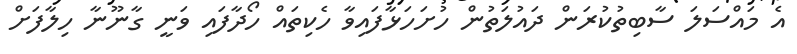
އެ މައްސަލަ ސާބިތުކުރަން ދައުލަތުން ހުށަހަޅާފައިވާ ހެކިތައް ހޯދާފައި ވަނީ ގާނޫނާ ހިލާފަށް